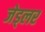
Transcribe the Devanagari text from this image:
जेड्लर